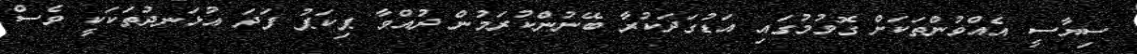
ސިޔާސީ އެއްވުންތަކަށް ގޮވުމުގައި އަޑުގަދަކުރާ ބޭނުންކުރަމުން ދުއްވާ ޕިކަޕު ފަދަ އުޅަނދުތަކަކީ ވެސް